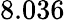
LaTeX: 8.036